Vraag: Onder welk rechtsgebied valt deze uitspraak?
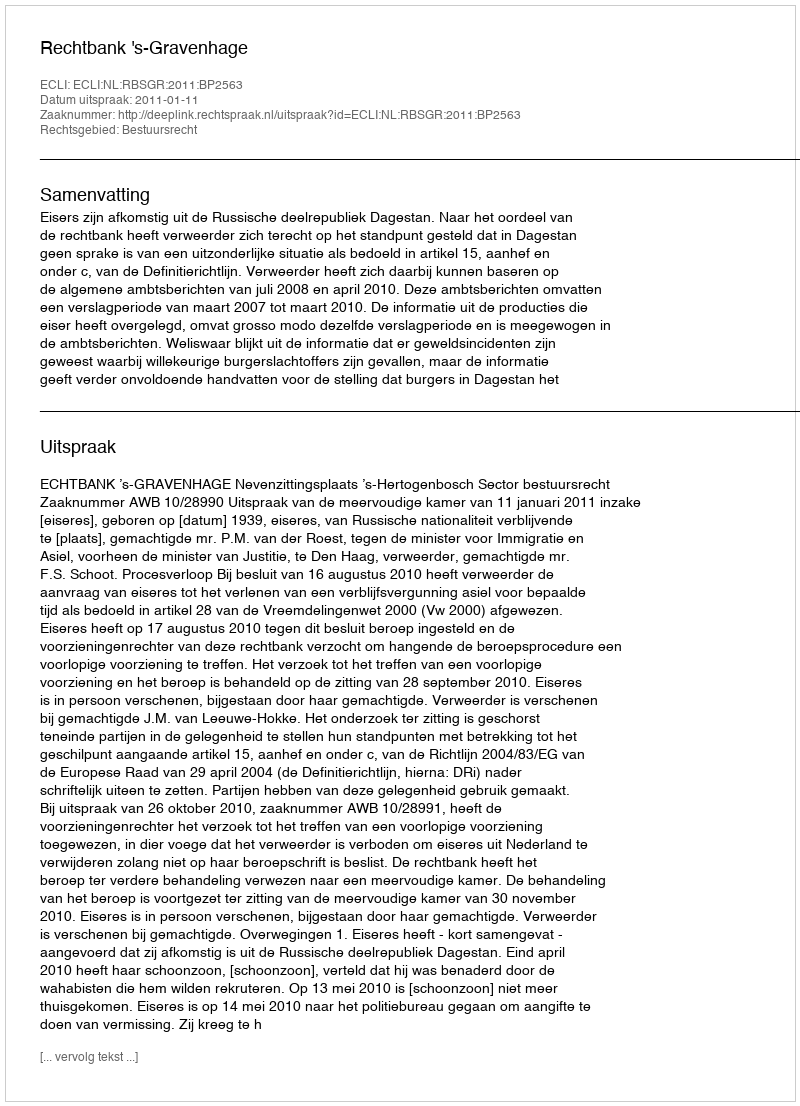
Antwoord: Bestuursrecht